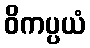
ဝိကပ္ပယံ